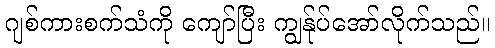
ဂျစ်ကားစက်သံကို ကျော်ပြီး ကျွန်ုပ်အော်လိုက်သည်။